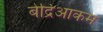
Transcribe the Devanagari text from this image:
बेद्रिआकम